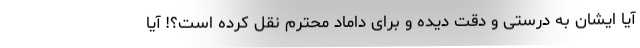
آیا ایشان به درستی و دقت دیده و برای داماد محترم نقل کرده است؟! آیا